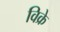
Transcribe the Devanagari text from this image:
विक्रे